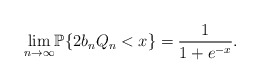
\begin{gather*}\underset{n \to\infty}\lim\mathbb{P}\{ 2b_nQ_n < x \}= \dfrac{1}{1+e^{-x}}.\end{gather*}